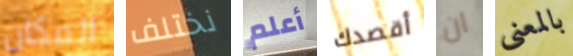
المكان نختلف أعلم أقصدك ان بالمعنى